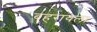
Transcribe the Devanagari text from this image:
बहरायला